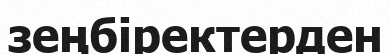
зеңбіректерден